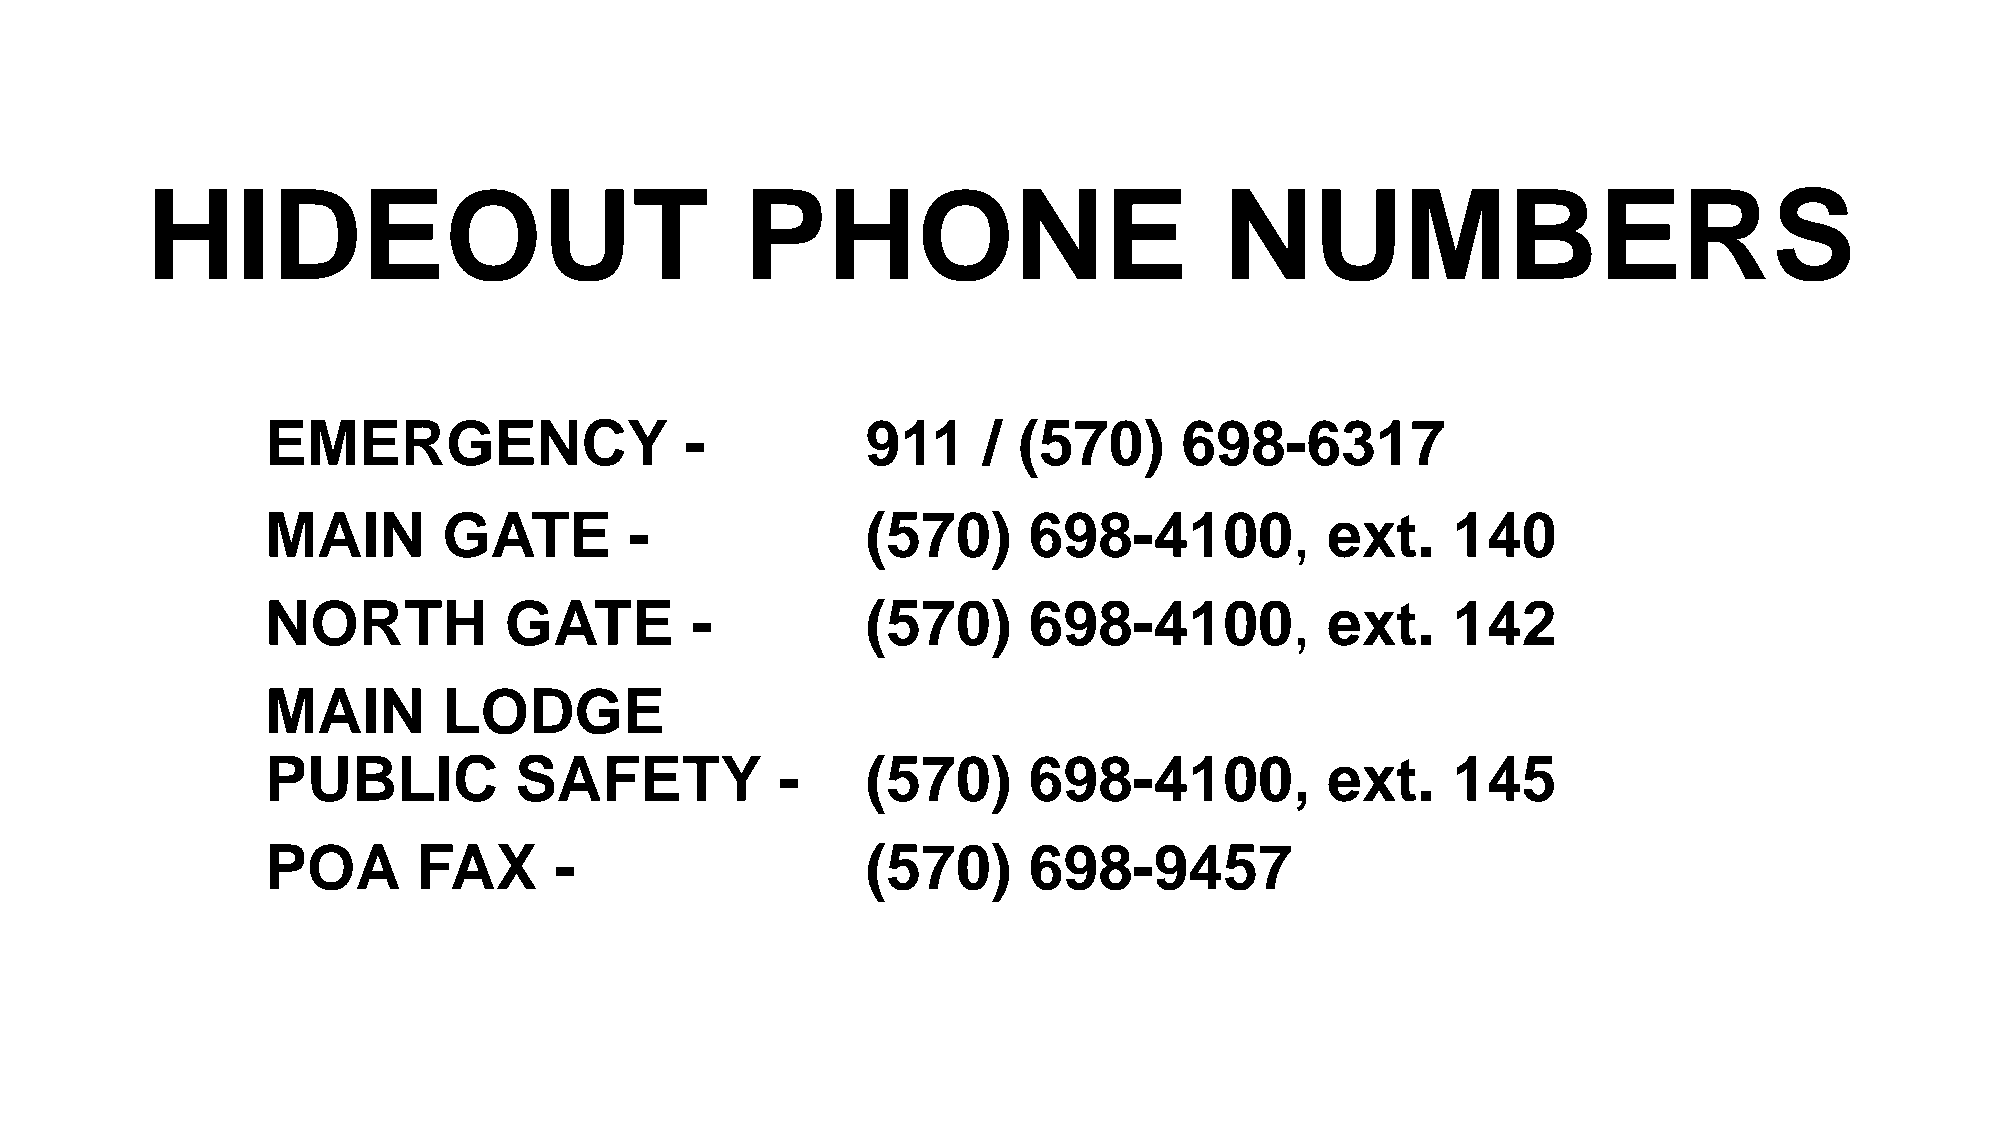
HIDEOUT                                PHONE                           NUMBERS
 EMERGENCY                  -           911     / (570)      698-6317
 MAIN       GATE         -              (570)      698-4100,           ext.    140
 NORTH          GATE         -          (570)      698-4100,           ext.    142
 MAIN       LODGE
 PUBLIC          SAFETY            -    (570)      698-4100,           ext.    145
 POA       FAX      -                   (570)      698-9457